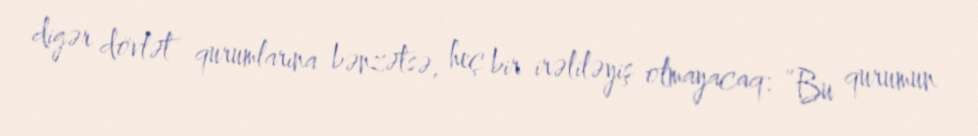
digər dövlət qurumlarına bənzətsə, heç bir irəliləyiş olmayacaq: “Bu qurumun